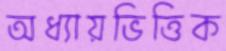
অধ্যায়ভিত্তিক